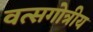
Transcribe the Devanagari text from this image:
वत्सगोत्रीय